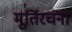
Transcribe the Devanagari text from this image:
मूर्तिरचना